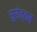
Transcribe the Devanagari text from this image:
सुरोत्तम